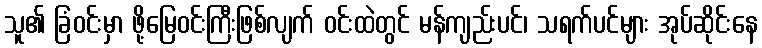
သူ၏ ခြံဝင်းမှာ ဖို့မြေဝင်းကြီးဖြစ်လျက် ဝင်းထဲတွင် မန်ကျည်းပင်၊ သရက်ပင်များ အုပ်ဆိုင်းနေ